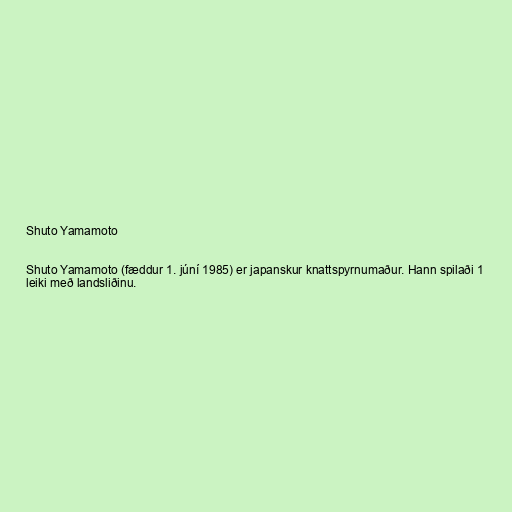
Shuto Yamamoto

Shuto Yamamoto (fæddur 1. júní 1985) er japanskur knattspyrnumaður. Hann spilaði 1
leiki með landsliðinu.